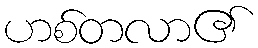
ဟစ်တလာ၏